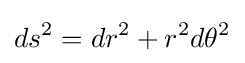
ds^{2}=dr^{2}+r^{2}d\theta ^{2}